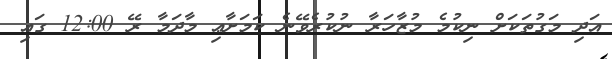
އަދި މަގުތަކަށް ނިކުމެ މުޒާހަރާ ނުކުރެވޭނެ ކަމަށާޢި މާދަމާ ރޭ 12:00 ގައި